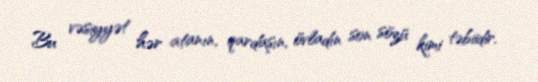
Bu vəsiyyət hər atanın, qardaşın, övladın son sözü kimi təbiidir.